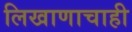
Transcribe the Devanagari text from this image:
लिखाणाचाही